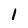
Character: 1